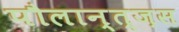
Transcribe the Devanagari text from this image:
पौलान्त्ज़स